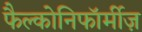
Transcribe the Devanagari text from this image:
फैल्कोनिफॉर्मीज़